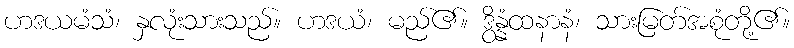
ဟဒယမံသံ၊ နှလုံးသားသည်။ ဟဒယံ၊ မည်၏။ ဒွိန္နံထနာနံ၊ သားမြတ်အစုံတို့၏။